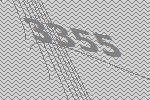
3355